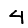
Digit: 4